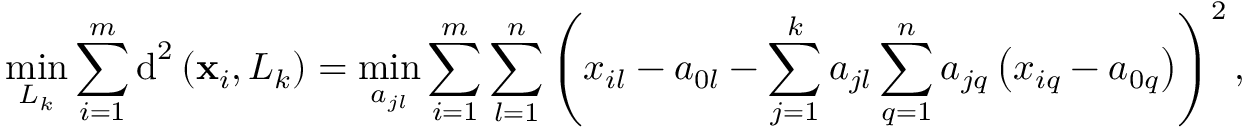
\displaystyle \operatorname* { m i n } _ { L _ { k } } \sum _ { i = 1 } ^ { m } \operatorname { d } ^ { 2 } \left( { \bf { x } } _ { i } , L _ { k } \right) = \displaystyle \operatorname* { m i n } _ { a _ { j l } } \sum _ { i = 1 } ^ { m } \sum _ { l = 1 } ^ { n } \left( x _ { i l } - a _ { 0 l } - \sum _ { j = 1 } ^ { k } a _ { j l } \sum _ { q = 1 } ^ { n } a _ { j q } \left( x _ { i q } - a _ { 0 q } \right) \right) ^ { 2 } ,